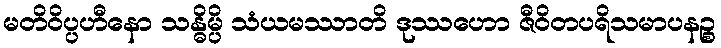
မတိဝိပ္ပဟီနော သန္ဓိမ္ပိ သံယမဿာတိ ဒုဿဟော ဇီဝိတပရိသမာပနဉ္စ